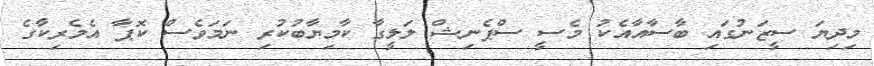
މިދިޔަ ސީޒަނުގައި ބާސާއާއެކު މެސީ ސްޕެނިޝް ލަލީގާ ކާމިޔާބުކުރި ނަމަވެސް ކޮޕާ އެމެރިކާގެ